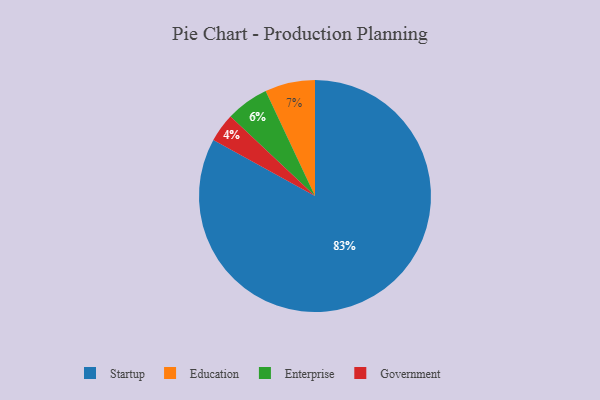
{"axis": {"x": "Category", "y": "Percentage"}, "legend": ["Education", "Enterprise", "Government", "Startup"], "data": [{"x": "Education", "y": 7, "type": "Education"}, {"x": "Government", "y": 4, "type": "Government"}, {"x": "Startup", "y": 83, "type": "Startup"}, {"x": "Enterprise", "y": 6, "type": "Enterprise"}]}